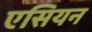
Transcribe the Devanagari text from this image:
एसियन